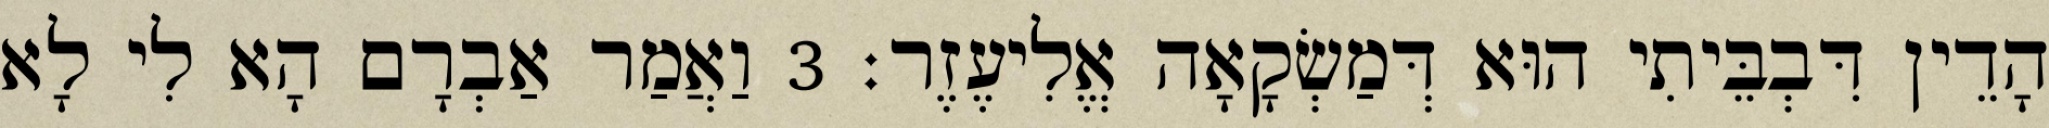
הָדֵין דִּבְבֵּיתִי הוּא דְּמַשְׂקָאָה אֱלִיעֶזֶר׃ 3 וַאֲמַר אַבְרָם הָא לִי לָא